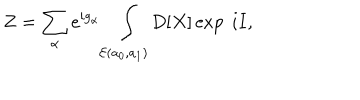
Z = \sum _ { \alpha } e ^ { i g _ { \alpha } } \int _ { { \cal E } ( a _ { 0 } , a _ { 1 } ) } D [ X ] \exp \ i I ,